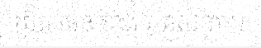
ប្រ៊ិត ថេន ខាង សាសនា ។